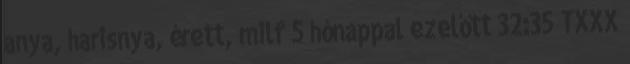
anya, harisnya, érett, milf 5 hónappal ezelőtt 32:35 TXXX